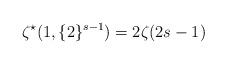
LaTeX: \begin{align*}\zeta^{\star}(1,\{2\}^{s-1})=2\zeta(2s-1)\end{align*}